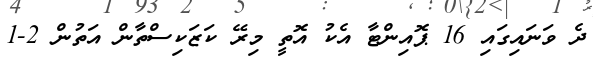
ދެ ވަނައިގައި 16 ޕޮއިންޓާ އެކު އޮތީ މިރޭ ކަޒަކިސްތާން އަތުން 2-1